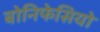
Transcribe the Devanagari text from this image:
बोनिफेसियो